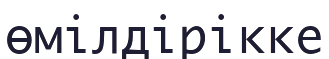
өмілдірікке